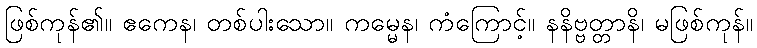
ဖြစ်ကုန်၏။ ဧကေန၊ တစ်ပါးသော။ ကမ္မေန၊ ကံကြောင့်။ နနိဗ္ဗတ္တာနိ၊ မဖြစ်ကုန်။